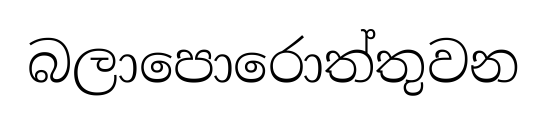
බලාපොරොත්තුවන